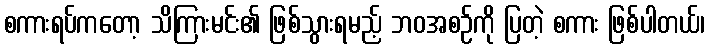
စကားရပ်ကတော့ သိကြားမင်း၏ ဖြစ်သွားရမည့် ဘဝအစဉ်ကို ပြတဲ့ စကား ဖြစ်ပါတယ်၊